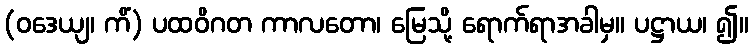
(ဝဒေယျ၊ ကိံ) ပထဝိဂတ ကာလတော၊ မြေသို့ ရောက်ရာအခါမှ။ ပဋ္ဌာယ၊ ၍။